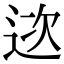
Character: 𨒮